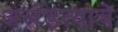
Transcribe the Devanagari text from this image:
अखंडत्वाचे